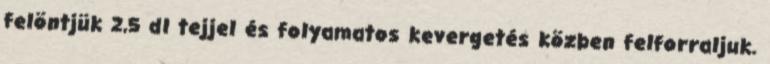
felöntjük 2,5 dl tejjel és folyamatos kevergetés közben felforraljuk.